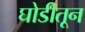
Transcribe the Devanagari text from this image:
घोडीतून